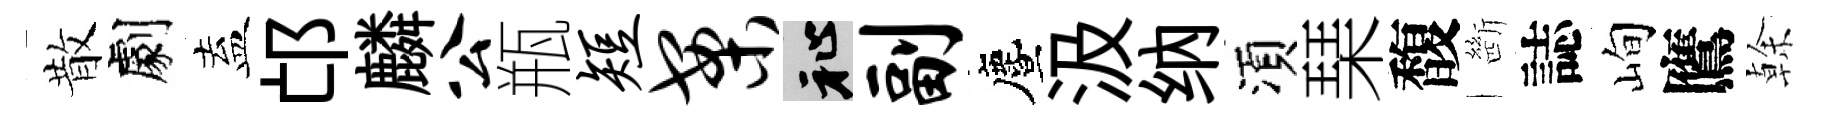
散劇盍邙麟公瓶短案祉副󵨌汲纳湏琹馥㫁誌峋鷹𠏉